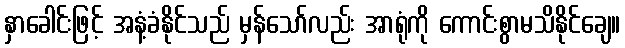
နှာခေါင်းဖြင့် အနံ့ခံနိုင်သည် မှန်သော်လည်း အာရုံကို ကောင်းစွာမသိနိုင်ချေ။